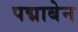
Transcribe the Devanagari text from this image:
पद्माबेन